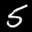
Label: 5